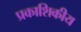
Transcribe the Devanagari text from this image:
प्रकाशिकीय